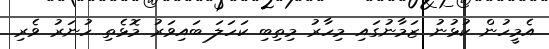
އެމީހުން ކުޅުނު ޒަމާނުގައި މިހާރު މިތިބި ކަހަލަ ބައިވަރު މޮޅެތި ހުނަރު ވެރި